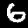
Digit: 6